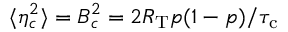
\langle \eta _ { c } ^ { 2 } \rangle = B _ { c } ^ { 2 } = 2 R _ { \mathrm { T } } p ( 1 - p ) / { \tau _ { \mathrm { c } } }